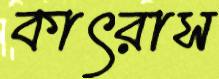
কাৎরাস